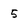
Character: 5